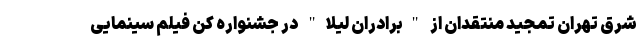
شرق تهران تمجید منتقدان از "برادران لیلا" در جشنواره کن فیلم‌ سینمایی